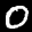
Label: 0